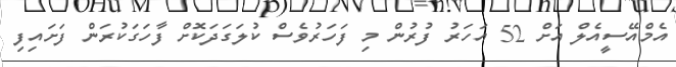
އެމްއޭސީއެލް އަށް 52 އަހަރު ފުރުން މި ފަހަރުވެސް ކުލަގަދަކޮށް ފާހަގަކުރަން ފަށައިފި